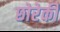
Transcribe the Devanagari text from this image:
छोरेकी